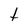
Character: t